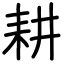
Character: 耕